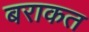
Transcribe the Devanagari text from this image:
बराकत